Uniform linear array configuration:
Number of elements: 8
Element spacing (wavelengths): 0.25
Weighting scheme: exponential
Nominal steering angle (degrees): -30
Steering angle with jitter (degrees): -28.461
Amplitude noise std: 0.05
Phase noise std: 0.05

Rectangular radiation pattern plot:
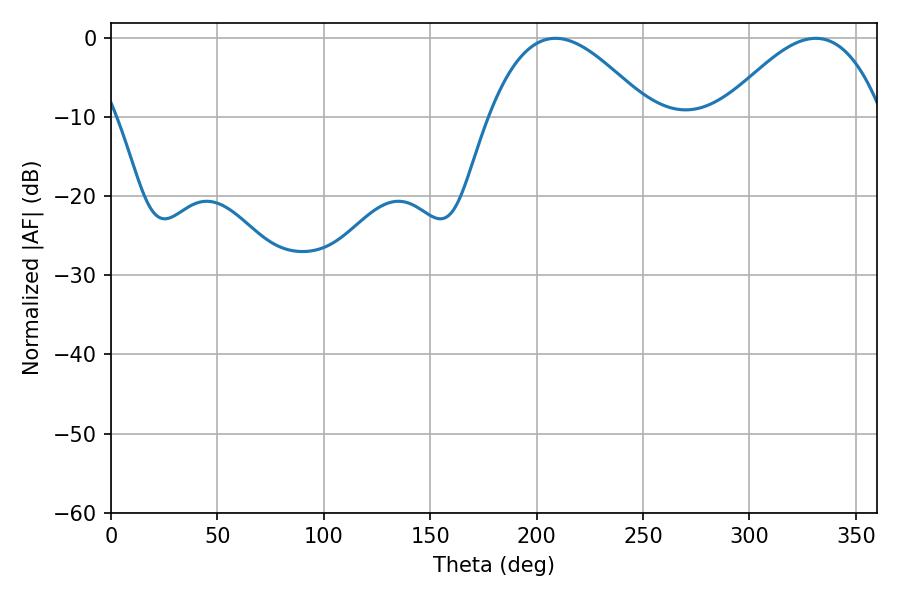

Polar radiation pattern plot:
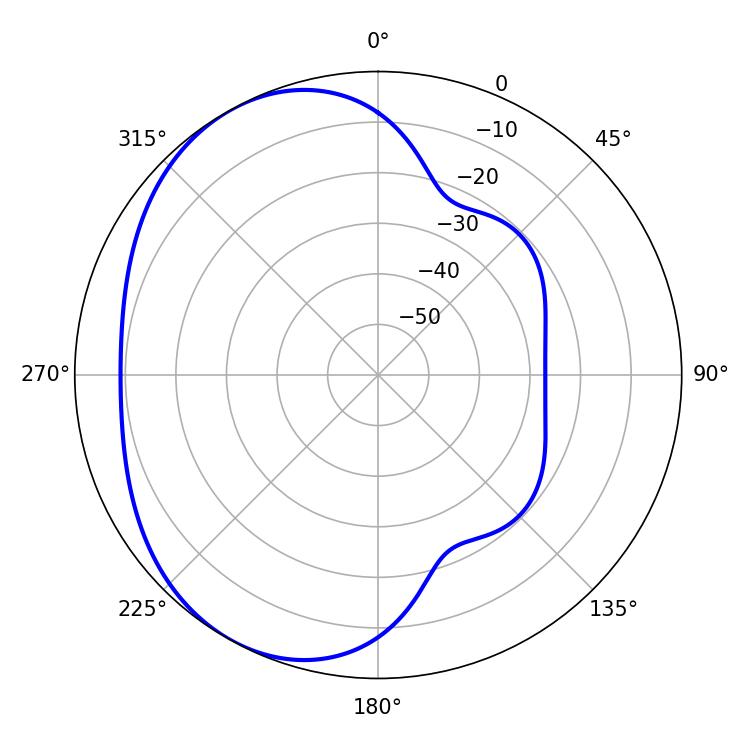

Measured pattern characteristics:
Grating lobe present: FALSE
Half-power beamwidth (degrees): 41.04
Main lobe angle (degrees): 208.8